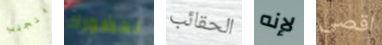
يتجنب لحضورك الحقائب لإنه اقصى